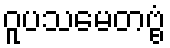
ဝူပသမေတဗ္ဗံ